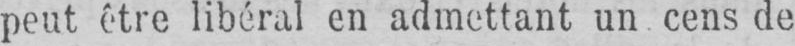
peut être libéral en admettant un cens de